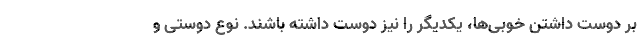
بر دوست داشتن خوبی‌ها، یکدیگر را نیز دوست داشته باشند. نوع دوستی و